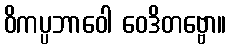
ဝိကပ္ပဘာဝေါ ဝေဒိတဗ္ဗော။